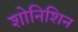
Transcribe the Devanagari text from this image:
शोनिशिन